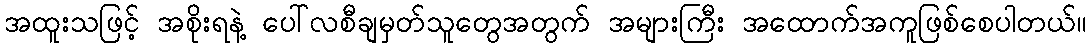
အထူးသဖြင့် အစိုးရနဲ့ ပေါ်လစီချမှတ်သူတွေအတွက် အများကြီး အထောက်အကူဖြစ်စေပါတယ်။